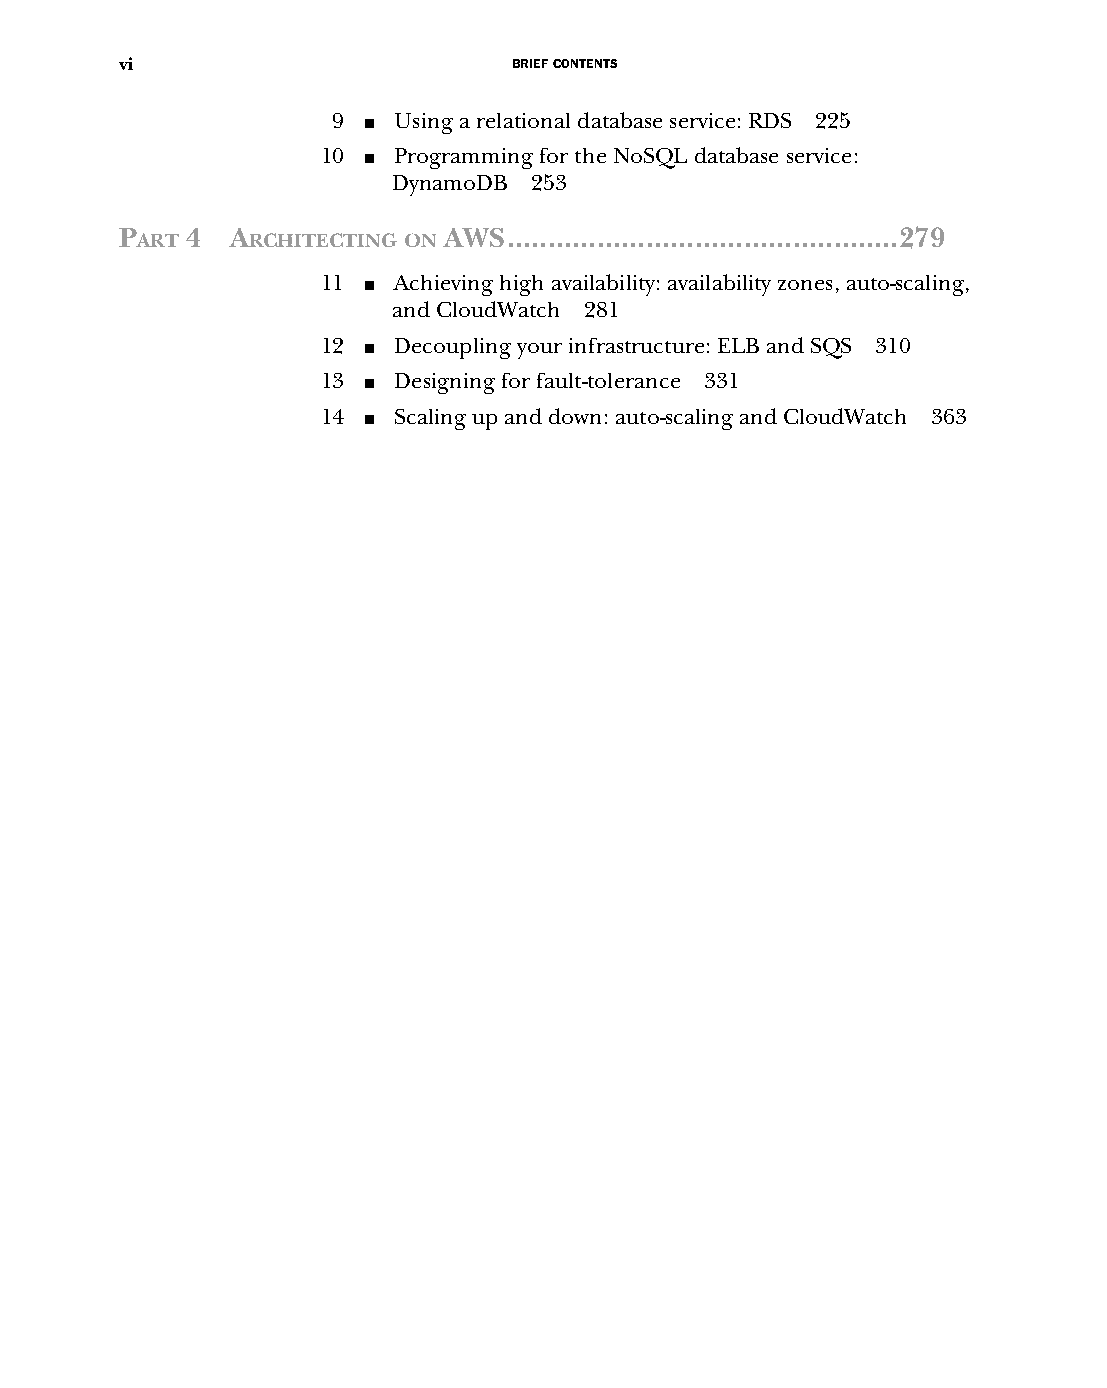
vi                        BRIEF CONTENTS
 9 ■ Using a relational database service: RDS 225
 10 ■ Programming for the NoSQL database service:
 DynamoDB 253
 P   4  A             AWS................................................279
 ART    RCHITECTING ON
 11 ■ Achieving high availability: availability zones, auto-scaling,
 and CloudWatch 281
 12 ■ Decoupling your infrastructure: ELB and SQS 310
 13 ■ Designing for fault-tolerance 331
 14 ■ Scaling up and down: auto-scaling and CloudWatch 363